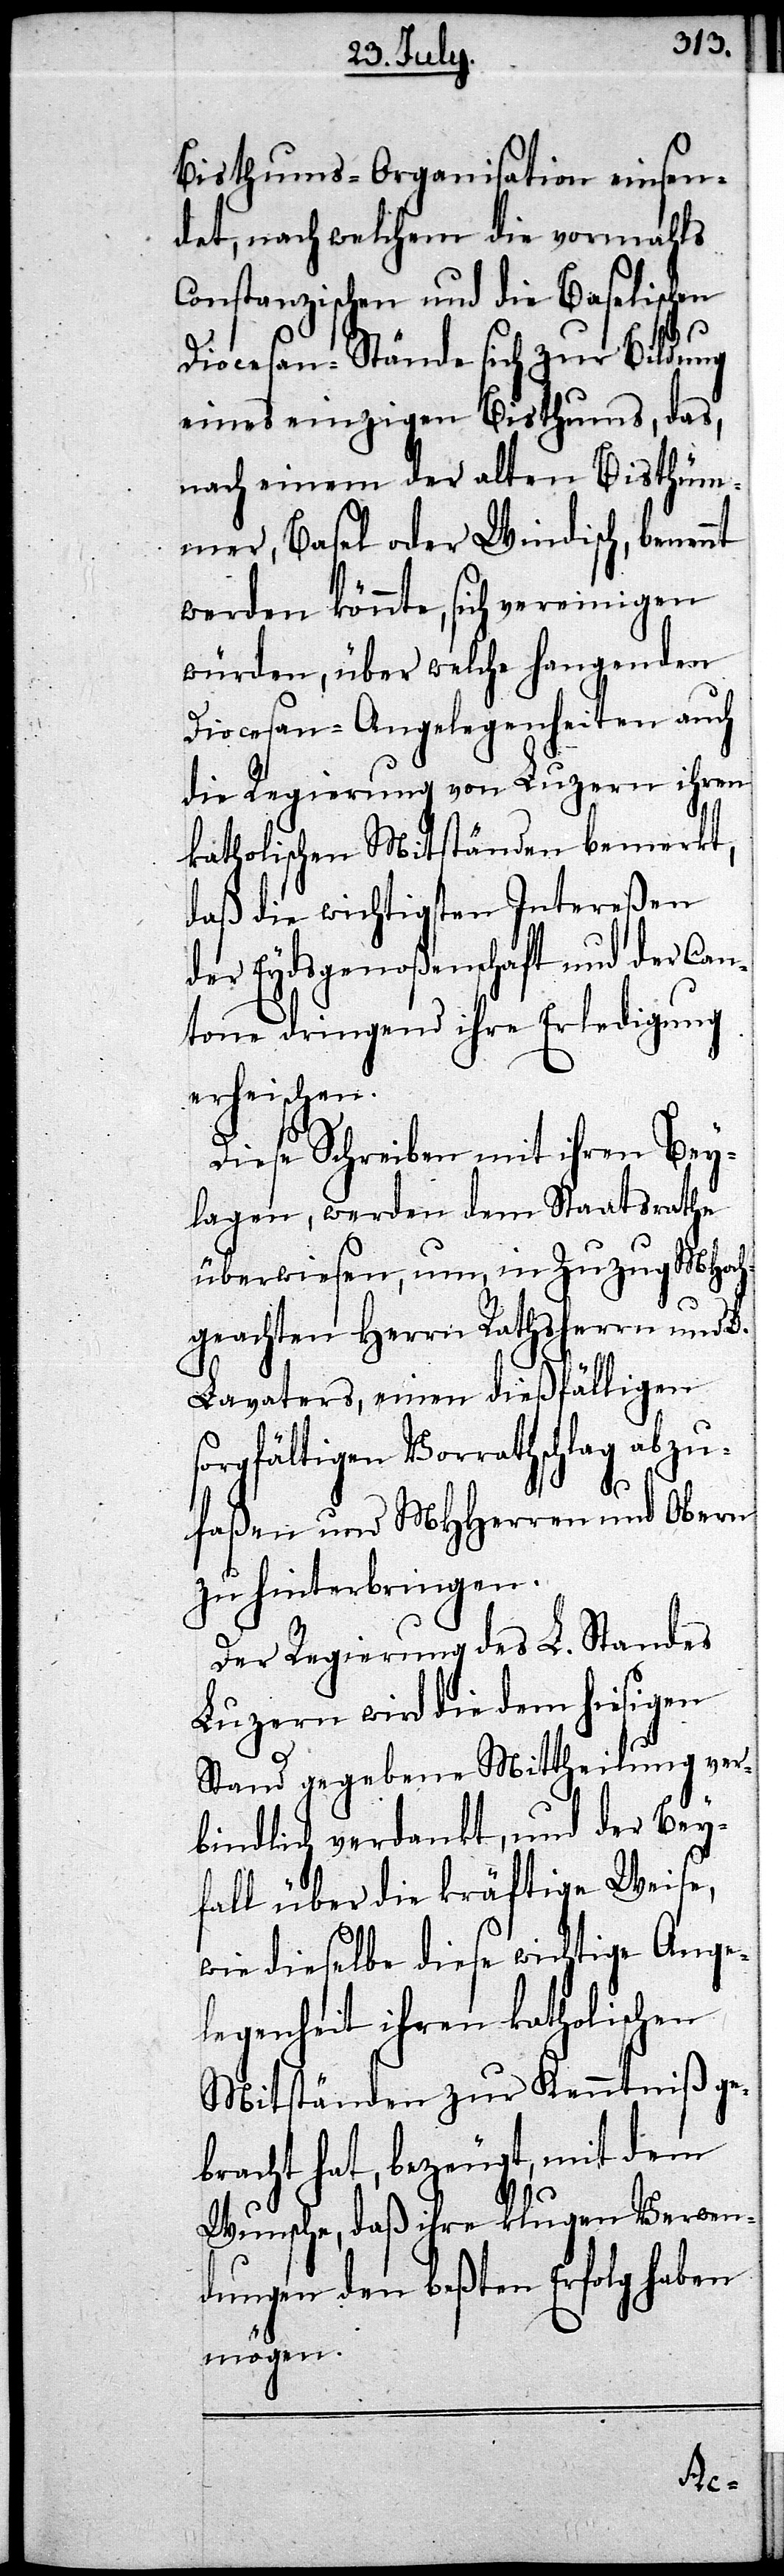
Bisthums-Organisation einsen¬
det, nach welchem die vormahls
Constanzischen und die Baselischen
Diocesen-Stände sich zur Bildung
eines einzigen Bisthums, das,
nach einem der alten Bisthü¬
mer, Basel oder Windisch, benennt
werden könnte, sich vereinigen
würden, über welche hangenden
Diocesan-Angelegenheiten auch
die Regierung von Luzern ihren
katholischen Mitständen bemerkt,
daß die wichtigsten Intereßen
der Eydsgenoßenschaft und der Can¬
tone dringend ihre Erledigung
erheischen.
Diese Schreiben mit ihren Bey¬
lagen, werden dem Staatsrathe
überwiesen, um, in Zuzug MHoch¬
geachten Herrn Rathsherrn und D.
Lavaters, einen dießfälligen
sorgfältigen Vorrathschlag abzu¬
faßen und MHHerren und Obern
zu hinterbringen.
Der Regierung des L. Standes
Luzern wird die dem hiesigen
Stand gegebene Mittheilung ver¬
bindlich verdankt, und der Bey¬
fall über die kräftige Weise,
wie dieselbe diese wichtige Ange¬
legenheit ihren katholischen
Mitständen zur Kenntniß ge¬
bracht hat, bezeugt, mit dem
Wunsche, daß ihre klugen Verwen¬
dungen den beßten Erfolg haben
mögen.